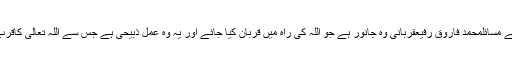
قربانی اور عقیقہ کے مسائلمحمد فاروق رفیعقربانی وہ جانور ہے جو اللہ کی راہ میں قربان کیا جائے اور یہ وہ عمل ذبیحی ہے جس سے اللہ تعالیٰ کاقرب حاصل کیا جائے ۔